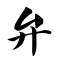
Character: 弁